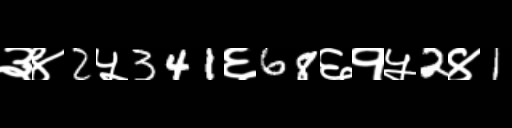
Text: ३४2५341६68६१५2४1